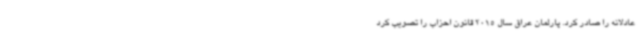
عادلانه را صادر کرد. پارلمان عراق سال 2015 قانون احزاب را تصویب کرد